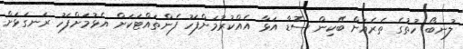
ލުނބޯ ހުތުގެ ތެރެއަށް ބޭކިން ސޮޑާ އަޅާ އެއްކުރުމަށްފަހު ފެންތައްޓަކަށް އެޅުމަށްފަހު ރަނގަޅަށް